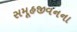
સમૂહજીવનના